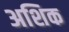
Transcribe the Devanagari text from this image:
अशिक